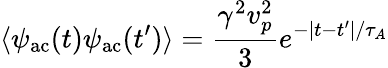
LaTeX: \langle\psi_{\mathrm{ac}}(t)\psi_{\mathrm{ac}}(t^{\prime})\rangle=\frac{\gamma^{2}v_{p}^{2}}{3}e^{-|t-t^{\prime}|/\tau_{A}}